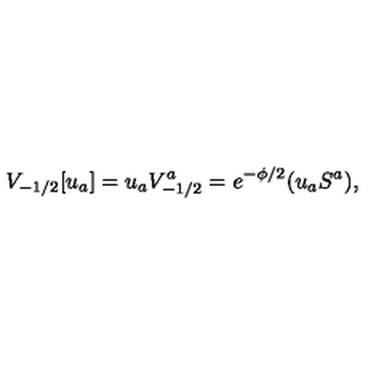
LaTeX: V _ { - 1 / 2 } [ u _ { a } ] = u _ { a } V _ { - 1 / 2 } ^ { a } = e ^ { - \phi / 2 } ( u _ { a } S ^ { a } ) ,